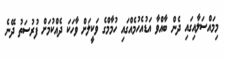
މިމައްސަލާއިގައި ދެން ބާއްވާ އަޑުއެހުމެއްގައި ހުމާމްގެ ވަކީލަށް ވާހަކަ ދެއްކުމަށް ފުރުސަތު ދޭނެ